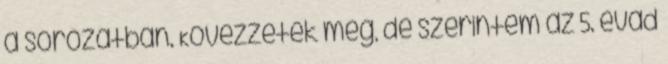
a sorozatban. Kövezzetek meg, de szerintem az 5. évad